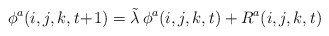
\begin{align*}\phi^{a}(i,j,k,t\!+\!1) = \tilde{\lambda}\, \phi^{a}(i,j,k,t) + R^{a}(i,j,k,t) \end{align*}